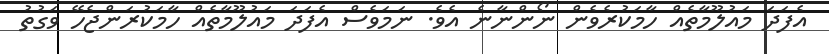
އެފަދަ މައުލޫމާތެއް ހާމަކުރެވެން ނޯންނާނެ އެވެ. ނަމަވެސް އެފަދަ މައުލޫމާތެއް ހާމަކުރަންޖެހޭ ވަގުތު